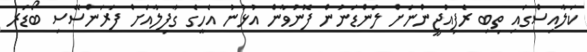
ކަލާއިސްގައި ތިބި ރެފިއުޖީންނަށް ލަންޑަނުން ފޮނުވާން އުޅުނު އެހީގެ ގާފިލާއަށް ފަރަންސޭސި ބޯޑަރ